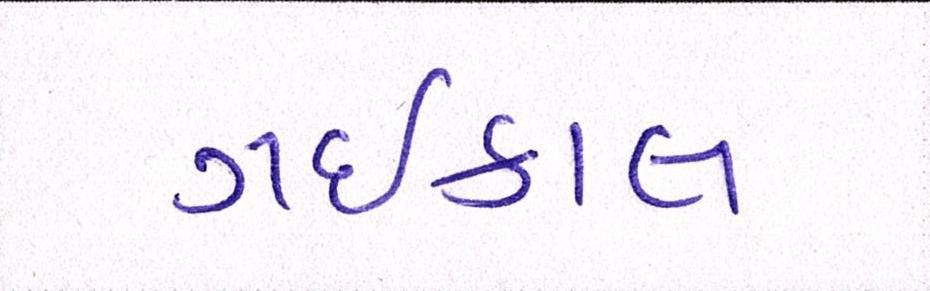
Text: ગઇકાલ